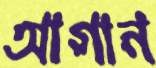
আগান